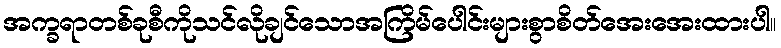
အက္ခရာတစ်ခုစီကိုသင်လိုချင်သောအကြိမ်ပေါင်းများစွာစိတ်အေးအေးထားပါ။